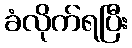
ခံလိုက်ရပြီး